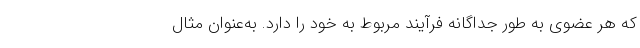
‌که هر عضوی به طور جداگانه فرآیند مربوط به خود را دارد. به‌عنوان مثال